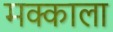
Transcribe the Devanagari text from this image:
मक्काला